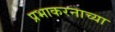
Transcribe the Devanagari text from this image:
प्रभाकरनाच्या